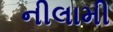
નીલામી